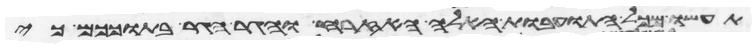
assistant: תעשו מכל התועבות האלה האזרח והגר הגר בתוככם כי